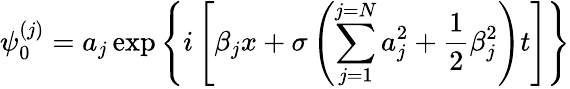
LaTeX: \psi_{0}^{(j)}=a_{j}\exp{\left\{ i\left[\beta_{j}x+\sigma\left(\sum_{j=1}^{j=N}a_{j}^{2}+\frac{1}{2}\beta_{j}^{2}\right)t\right]\right\} }